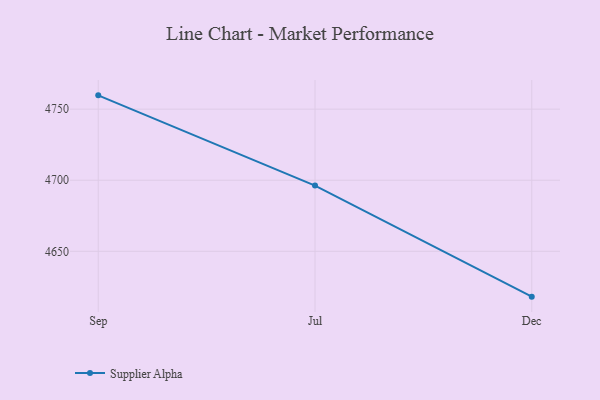
{"axis": {"x": "Month", "y": "Website Visitors"}, "legend": ["Supplier Alpha"], "data": [{"x": "Sep", "y": 4759.7, "type": "Supplier Alpha"}, {"x": "Jul", "y": 4696.2, "type": "Supplier Alpha"}, {"x": "Dec", "y": 4618.1, "type": "Supplier Alpha"}]}